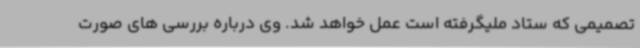
تصمیمی که ستاد ملیگرفته است عمل خواهد شد. وی درباره بررسی های صورت